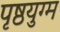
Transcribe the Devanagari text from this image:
पृष्ठयुग्म